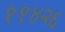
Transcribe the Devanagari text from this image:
११४२६